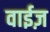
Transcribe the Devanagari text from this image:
वाईज़